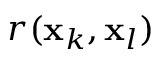
r ( \mathbf { x } _ { k } , \mathbf { x } _ { l } )